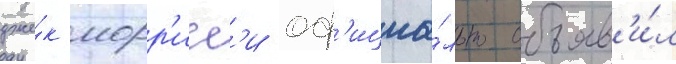
дже́к морр'исс'и оф'ициа́льно объяв'и́л